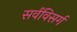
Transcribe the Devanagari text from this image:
सर्वविसर्ग